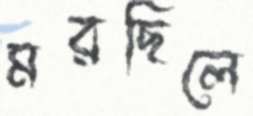
মরছিলে